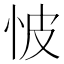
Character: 怶